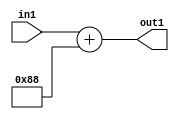
`timescale 1ps / 1ps
/*****************************************************************************
    Verilog RTL Description
    
    
    Created by: Stratus DpOpt 2019.1.01 
*******************************************************************************/

module DC_Filter_Add_12U_251_4 (
	in1,
	out1
	); /* architecture "behavioural" */ 
input [11:0] in1;
output [11:0] out1;
wire [11:0] asc001;

assign asc001 = 
	+(in1)
	+(12'B000010001000);

assign out1 = asc001;
endmodule

/* CADENCE  urnyQw4= : u9/ySgnWtBlWxVPRXgAZ4Og= ** DO NOT EDIT THIS LINE ******/